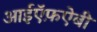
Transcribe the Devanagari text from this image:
आईऍफ़ऐबी